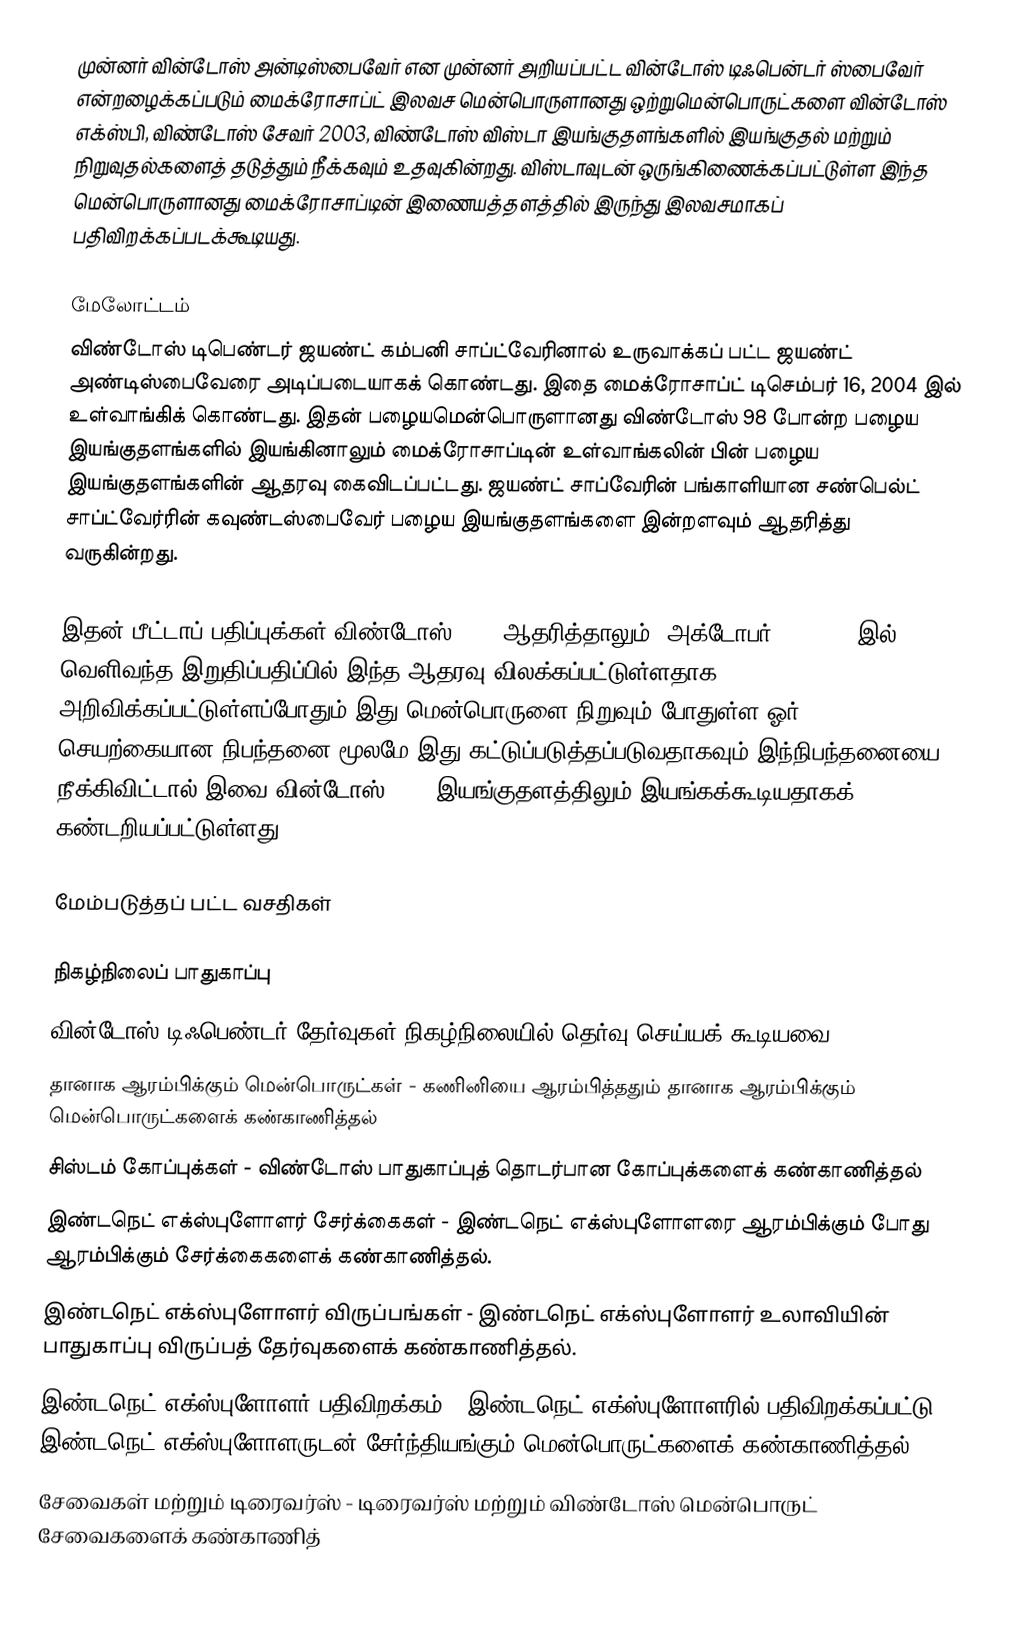
முன்னர் வின்டோஸ் அன்டிஸ்பைவேர் என முன்னர் அறியப்பட்ட வின்டோஸ் டிஃபென்டர் ஸ்பைவேர் என்றழைக்கப்படும் மைக்ரோசாப்ட் இலவச மென்பொருளானது ஒற்றுமென்பொருட்களை  வின்டோஸ் எக்ஸ்பி, விண்டோஸ் சேவர் 2003, விண்டோஸ் விஸ்டா இயங்குதளங்களில் இயங்குதல் மற்றும் நிறுவுதல்களைத் தடுத்தும் நீக்கவும் உதவுகின்றது. விஸ்டாவுடன் ஒருங்கிணைக்கப்பட்டுள்ள இந்த மென்பொருளானது மைக்ரோசாப்டின் இணையத்தளத்தில் இருந்து இலவசமாகப் பதிவிறக்கப்படக்கூடியது.

மேலோட்டம்
விண்டோஸ் டிபெண்டர் ஜயண்ட் கம்பனி சாப்ட்வேரினால் உருவாக்கப் பட்ட ஜயண்ட் அண்டிஸ்பைவேரை அடிப்படையாகக் கொண்டது. இதை மைக்ரோசாப்ட் டிசெம்பர் 16, 2004 இல் உள்வாங்கிக் கொண்டது. இதன் பழையமென்பொருளானது விண்டோஸ் 98 போன்ற பழைய இயங்குதளங்களில் இயங்கினாலும் மைக்ரோசாப்டின் உள்வாங்கலின் பின் பழைய இயங்குதளங்களின் ஆதரவு கைவிடப்பட்டது. ஜயண்ட் சாப்வேரின் பங்காளியான சண்பெல்ட் சாப்ட்வேர்ரின் கவுண்டஸ்பைவேர் பழைய இயங்குதளங்களை இன்றளவும் ஆதரித்து வருகின்றது.

இதன் பீட்டாப் பதிப்புக்கள் விண்டோஸ் 2000 ஆதரித்தாலும், அக்டோபர் 24, 2006 இல் வெளிவந்த இறுதிப்பதிப்பில் இந்த ஆதரவு விலக்கப்பட்டுள்ளதாக அறிவிக்கப்பட்டுள்ளப்போதும் இது மென்பொருளை நிறுவும் போதுள்ள ஓர் செயற்கையான நிபந்தனை மூலமே இது கட்டுப்படுத்தப்படுவதாகவும் இந்நிபந்தனையை நீக்கிவிட்டால் இவை வின்டோஸ் 2000 இயங்குதளத்திலும் இயங்கக்கூடியதாகக் கண்டறியப்பட்டுள்ளது.

மேம்படுத்தப் பட்ட வசதிகள்

நிகழ்நிலைப் பாதுகாப்பு
வின்டோஸ் டிஃபெண்டர் தேர்வுகள் நிகழ்நிலையில் தெர்வு செய்யக் கூடியவை.
 தானாக ஆரம்பிக்கும் மென்பொருட்கள் - கணினியை ஆரம்பித்ததும் தானாக ஆரம்பிக்கும் மென்பொருட்களைக் கண்காணித்தல்
 சிஸ்டம் கோப்புக்கள் - விண்டோஸ் பாதுகாப்புத் தொடர்பான கோப்புக்களைக் கண்காணித்தல்
 இண்டநெட் எக்ஸ்புளோளர் சேர்க்கைகள் - இண்டநெட் எக்ஸ்புளோளரை ஆரம்பிக்கும் போது ஆரம்பிக்கும் சேர்க்கைகளைக் கண்காணித்தல்.
 இண்டநெட் எக்ஸ்புளோளர் விருப்பங்கள் - இண்டநெட் எக்ஸ்புளோளர் உலாவியின் பாதுகாப்பு விருப்பத் தேர்வுகளைக் கண்காணித்தல்.
 இண்டநெட் எக்ஸ்புளோளர் பதிவிறக்கம் - இண்டநெட் எக்ஸ்புளோளரில் பதிவிறக்கப்பட்டு இண்டநெட் எக்ஸ்புளோளருடன் சேர்ந்தியங்கும் மென்பொருட்களைக் கண்காணித்தல்
 சேவைகள் மற்றும் டிரைவர்ஸ் - டிரைவர்ஸ் மற்றும் விண்டோஸ் மென்பொருட் சேவைகளைக் கண்காணித்